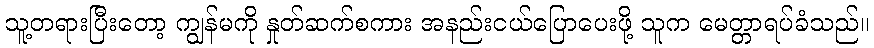
သူ့တရားပြီးတော့ ကျွန်မကို နှုတ်ဆက်စကား အနည်းငယ်ပြောပေးဖို့ သူက မေတ္တာရပ်ခံသည်။